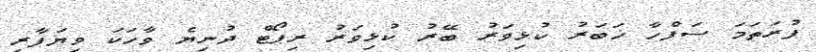
ފުރަތަމަ ސަފްހާ ޚަބަރު ކުޅިވަރު ބޭރު ކުޅިވަރު ރިޕޯޓް ދުނިޔެ ވާހަކަ ވިޔަފާރި